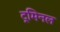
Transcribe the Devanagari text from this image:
ट्रमिनल